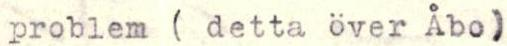
problem ( detta över Åbo)